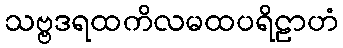
သဗ္ဗဒရထကိလမထပရိဠာဟံ